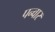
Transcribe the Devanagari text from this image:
पन्वार